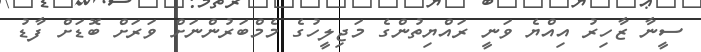
ސީނާ ޒާހިރު އިއްޔެ ވަނީ ރައްޔިތުންގެ މަޖިލީހުގެ މެމްބަރުންނަށް ވަރަށް ބޮޑަށް ފާޑު